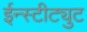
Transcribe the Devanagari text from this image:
ईन्स्टीट्युट